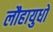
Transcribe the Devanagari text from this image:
लौहायुधों